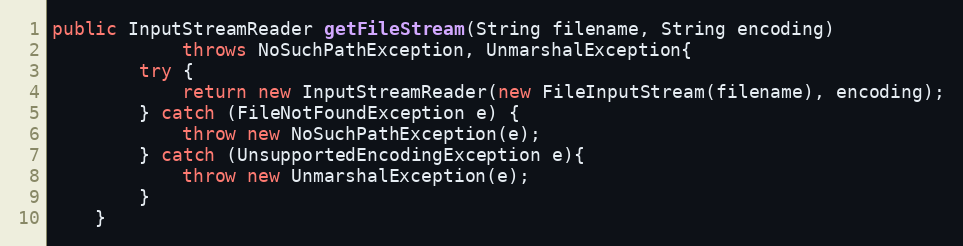
Language: Java
public InputStreamReader getFileStream(String filename, String encoding)
			throws NoSuchPathException, UnmarshalException{
		try {
			return new InputStreamReader(new FileInputStream(filename), encoding);
		} catch (FileNotFoundException e) {
			throw new NoSuchPathException(e);
		} catch (UnsupportedEncodingException e){
			throw new UnmarshalException(e);
		}
	}